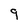
Character: 9